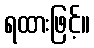
ရထားဖြင့်။